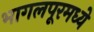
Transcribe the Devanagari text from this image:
भागलपूरमध्ये